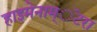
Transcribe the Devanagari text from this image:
हाइमेनाम्‌ॅटरा